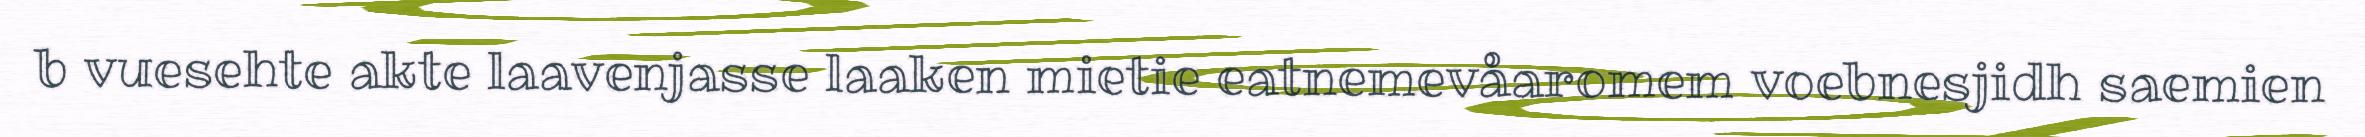
b vuesehte akte laavenjasse laaken mietie eatnemevåaromem voebnesjidh saemien